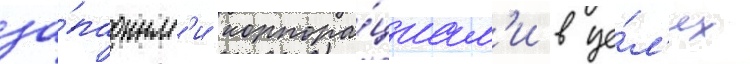
за́падным'и корпора́циам'и в це́л'ях